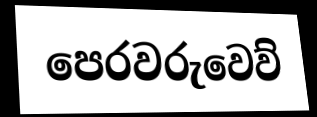
පෙරවරුවෙව්